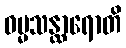
ဓမ္မသန္ထာရောတိ